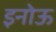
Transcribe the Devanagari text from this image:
इनोऊ